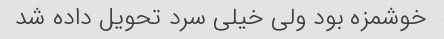
خوشمزه بود ولی خیلی سرد تحویل داده شد